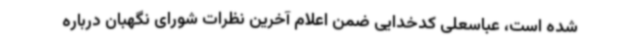
شده است، عباسعلی کدخدایی ضمن اعلام آخرین نظرات شورای نگهبان درباره